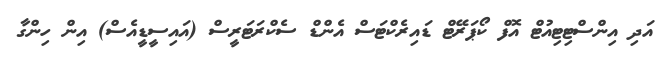
އަދި އިންސްޓިޓިއުޓް އޮފް ކޯޕަރޭޓް ޑައިރެކްޓަސް އެންޑް ސެކްރަޓަރީސް (އައިސީޑީއެސް) އިން ހިންގާ